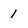
Character: 1